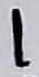
Text: 1